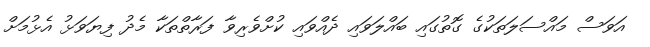
އަވަސް މައްސަލަތަކުގެ ގޮތުގައި ބައްލަވައި ދެއްވައި ކުށްވެރިވާ ފަރާތްތަކާ މެދު ފިޔަވަޅު އެޅުމަށް